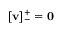
[ \mathbf { v } ] _ { - } ^ { + } = \mathbf { 0 }